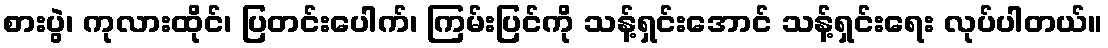
စားပွဲ၊ ကုလားထိုင်၊ ပြတင်းပေါက်၊ ကြမ်းပြင်ကို သန့်ရှင်းအောင် သန့်ရှင်းရေး လုပ်ပါတယ်။